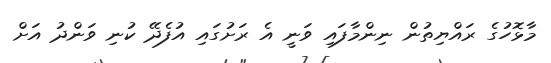
މާޅޮހުގެ ރައްޔިތުން ނިންމާފައި ވަނީ އެ ރަށުގައި އުފެދޭ ކުނި ވަންދު އަށް